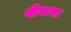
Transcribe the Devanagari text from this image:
शेजरा